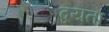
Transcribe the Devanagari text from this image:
द्वयता